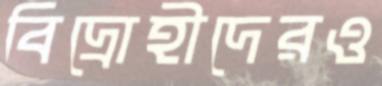
বিদ্রোহীদেরও